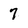
Character: 7